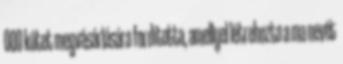
000 kötet megvásárlására fordította, amellyel létrehozta a ma nevét